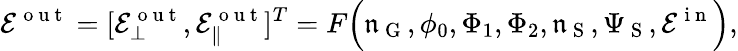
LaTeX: \mathcal{E}^{\mathrm{~o~u~t~}}=[\mathcal{E}_{\bot}^{\mathrm{~o~u~t~}},\mathcal{E}_{\| }^{\mathrm{~o~u~t~}}]^{T}=F\Big(\mathfrak{n}_{\mathrm{~G~}},\phi_{0},\Phi_{1},\Phi_{2},\mathfrak{n}_{\mathrm{~S~}},{\Psi}_{\mathrm{~S~}},\mathcal{E}^{\mathrm{~i~n~}}\Big),